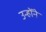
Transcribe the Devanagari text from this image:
उन्होंंने